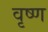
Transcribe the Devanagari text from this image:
वृष्ण